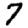
Digit: 7